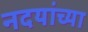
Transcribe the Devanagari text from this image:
नदयांच्या